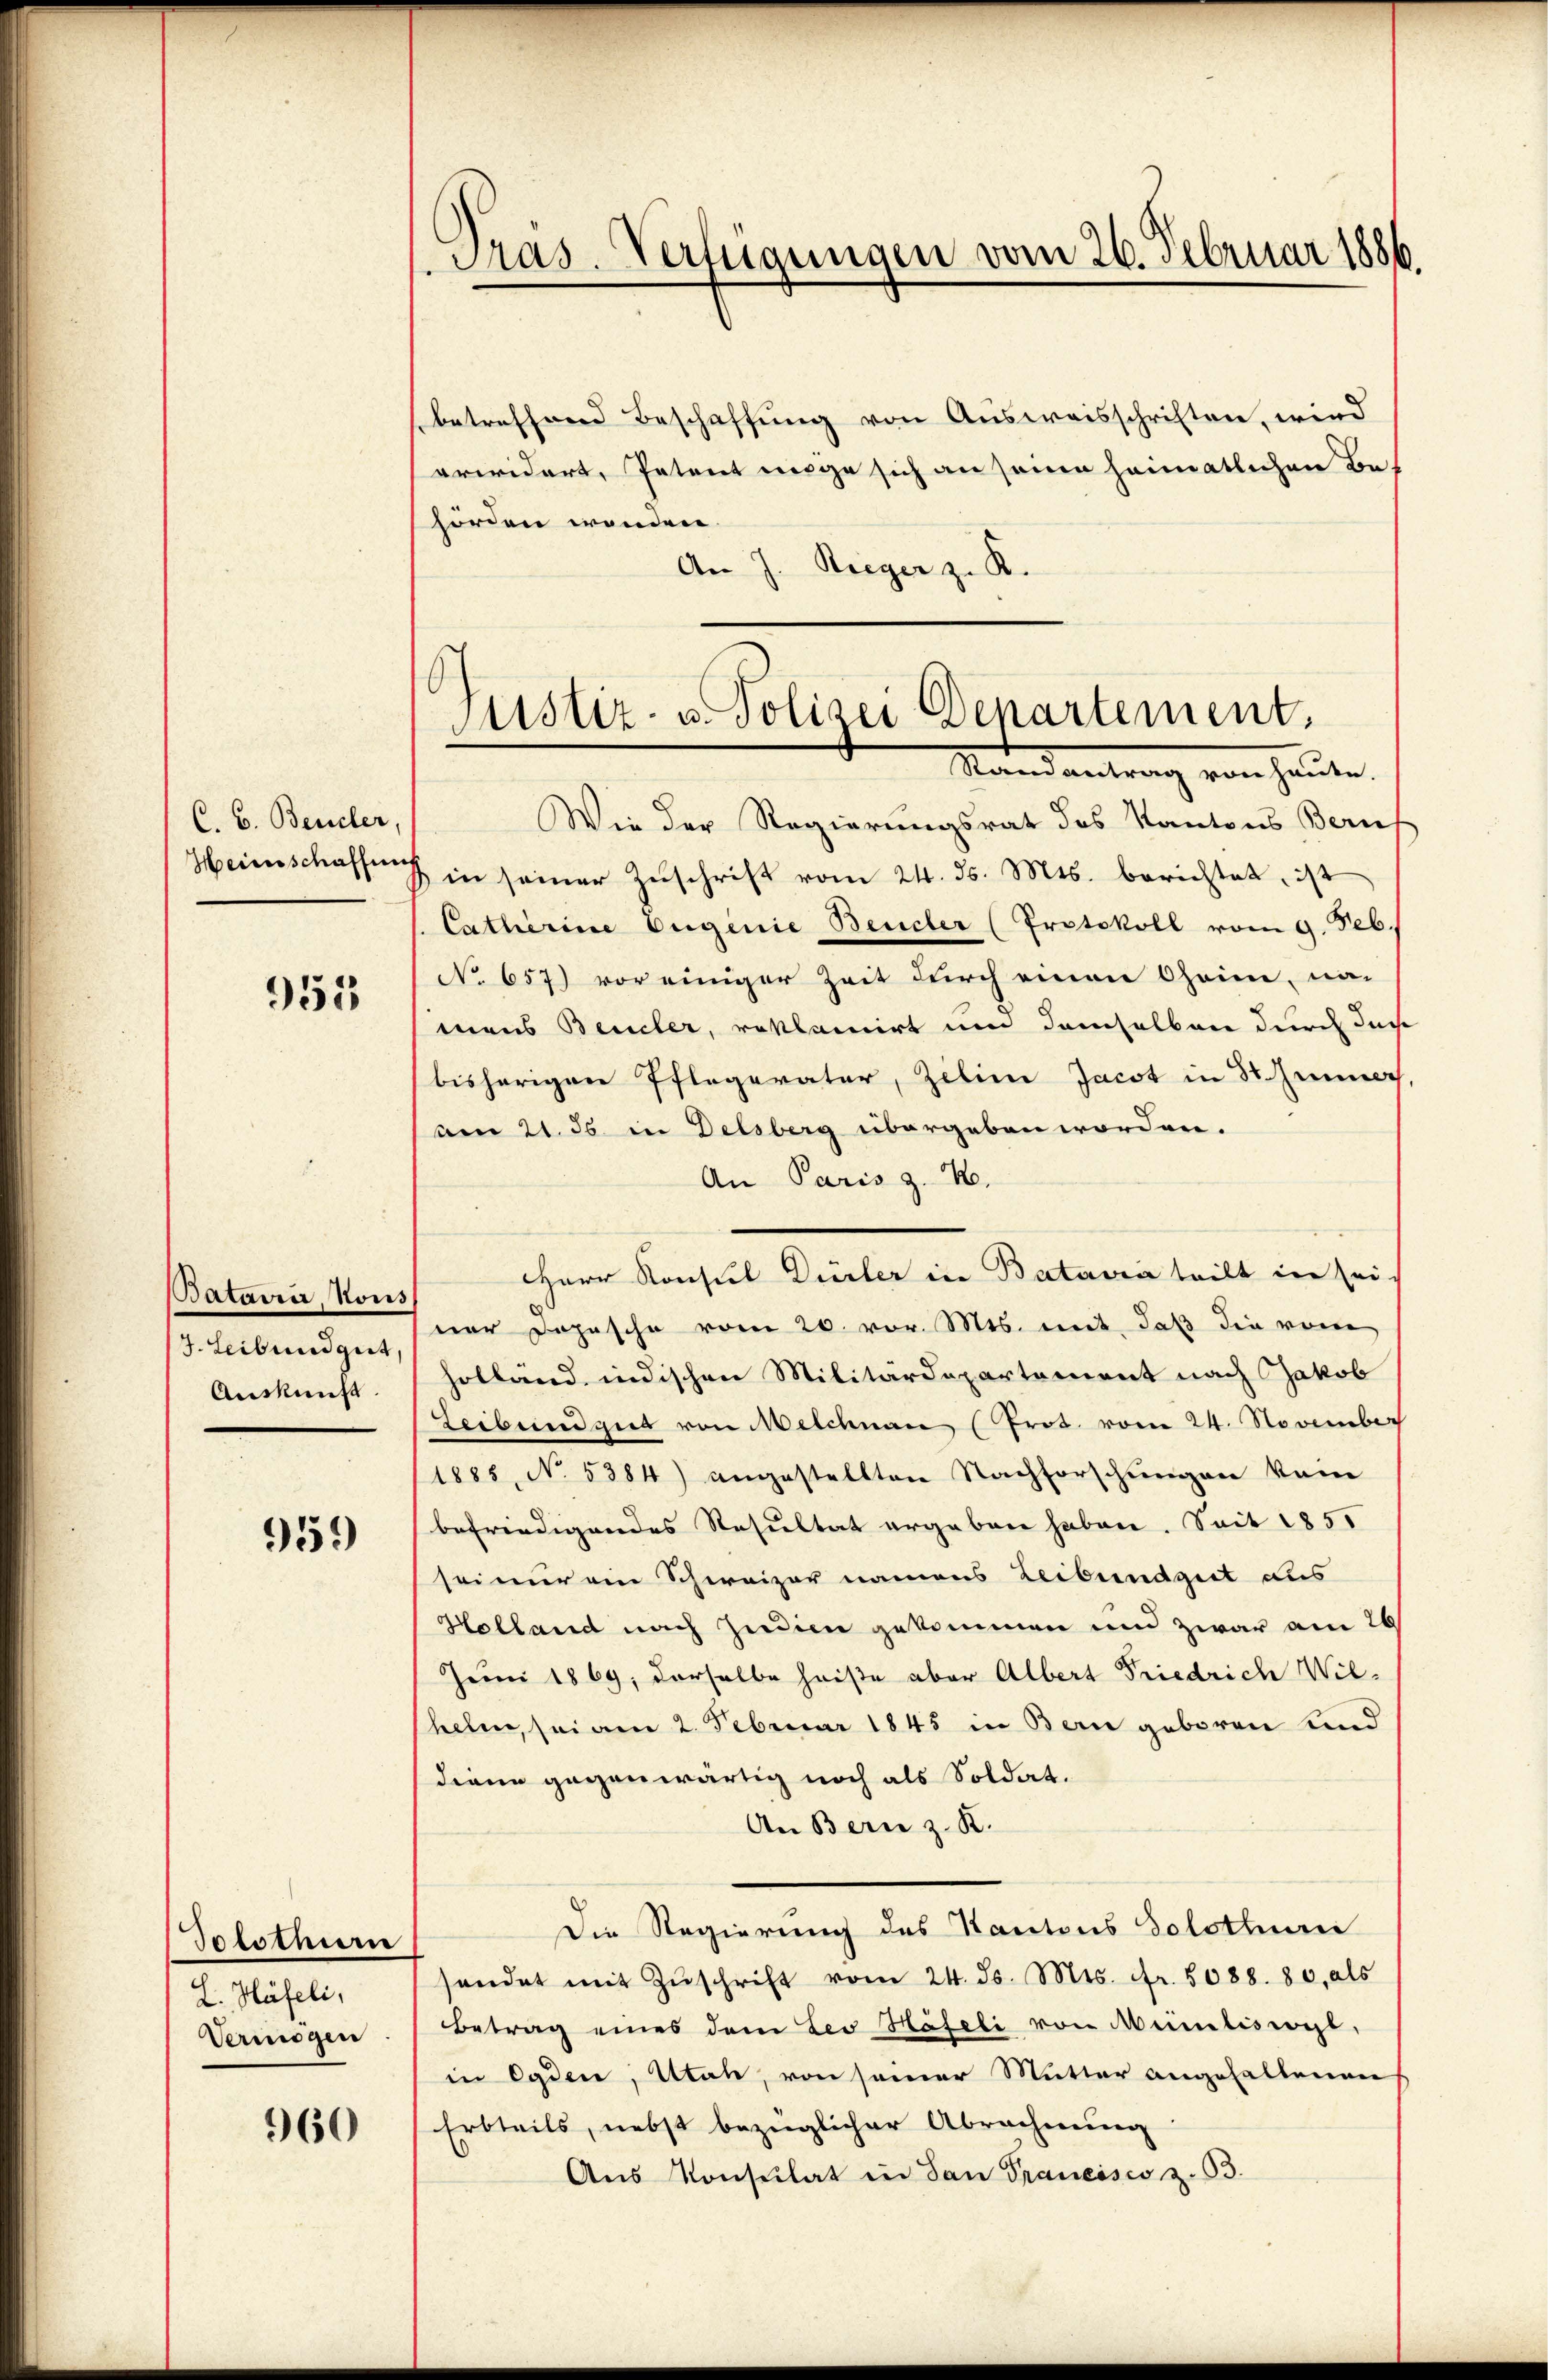
C. B. Beneler,
Heinsschaffung

953

Batairie, Hous
J. Leib und gut
Auskunft

95.)

Tototium
L. Häfeli,
Vermögen

960

Pras. Verfügungen vom 26. Februar 1886.

betreffend Beschaffung von Ausweisschriften, wird
erwidert, Petent möge sich an seine heimatlichen Behörden wenden.
An J. Rieger z. R.
Wie der Regierungsrat des Kantons Beruf
in seiner Zuschrift vom 24. ds. Mts. berichtet, ist
Catharine Eugenie Beudler (Protokoll vom 9. Feb.
No 657) vor einiger Zeit durch einen Chaim, nac
mans Beucler, reklamirt um demselben durch des
bisherigen Pflegerater, Zelin Jacot in Stimmer,
am 21. 55 in Delsberg übergeben worden.
An Paris z. B.
HHerr Konsul Dürler in Batavia teilt in sei
ner Dopische vom 20. vor. Mts. mit, daß die vom
holland, indischen Militärdepartement nach Jakob
Leibend gut von Melchnau (Prot. vom 24. November
1885, No. 5384) angestellten Nachforschŭngen kam
befriedigendes Resultat ergeben haben. Seit 1850
sei nur ein Schweizer namens Leibendgut aus
Holland nach Zudien gekommen und zwar am 26
Juni 1869, derselbe heiße aber Albert Friedrich Wil-
helen, sei am 2. Februar 1845 in Bern geboren und
diene gegenwärtig noch als Soldat.
An Bern z. B.
Die Regierung des Kantons Solothurii
sendet mit Zŭschrift vom 24. ds. Mts. Fr. 5088. 80, als
Betrag eines dem Leo Häfeli von Meimliswyl,
in Ogden, Utah, von seiner Mutter angehaltenen
Erbteils, nebst bezüglicher Abrechnung
Aŭs Konsulat in dan Prancisco z. 63.

6
Justiz- u. Polizei Departement,
Mandantrag von heute.